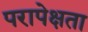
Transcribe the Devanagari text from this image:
परापेक्षता